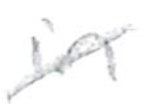
Text: in
Cross-out: mix
Writing tool: pencil